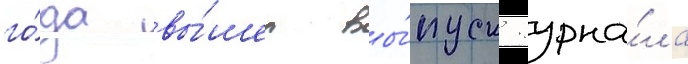
го́да вы́шел вы́пуск журна́ла